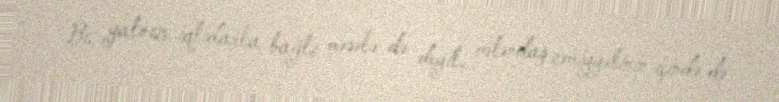
Bu yalnız iqtidarla bağlı məsələ də deyil, vətəndaş cəmiyyətinin içində də